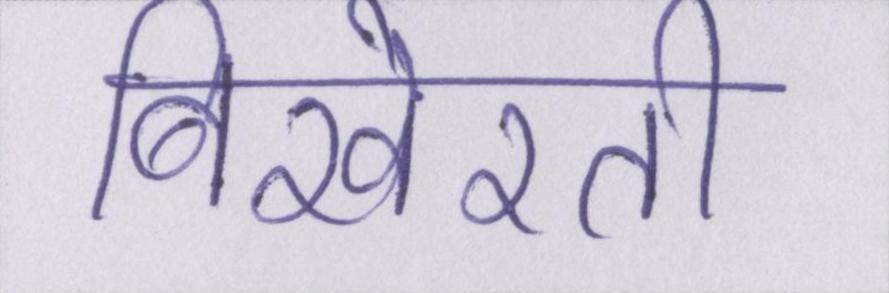
बिखेरती